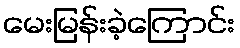
မေးမြန်းခဲ့ကြောင်း